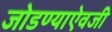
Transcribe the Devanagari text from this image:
जोडण्याऐवजी